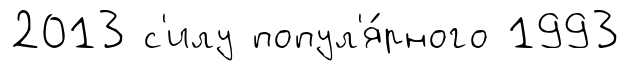
2013 с'илу попул'я́рного 1993